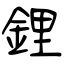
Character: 鋰